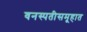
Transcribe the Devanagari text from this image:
वनस्पतीसमूहात